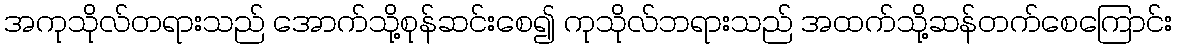
အကုသိုလ်တရားသည် အောက်သို့စုန်ဆင်းစေ၍ ကုသိုလ်ဘရားသည် အထက်သို့ဆန်တက်စေကြောင်း